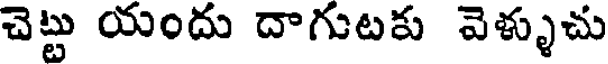
చెట్టు యందు దాగుటకు వెళ్ళుచు